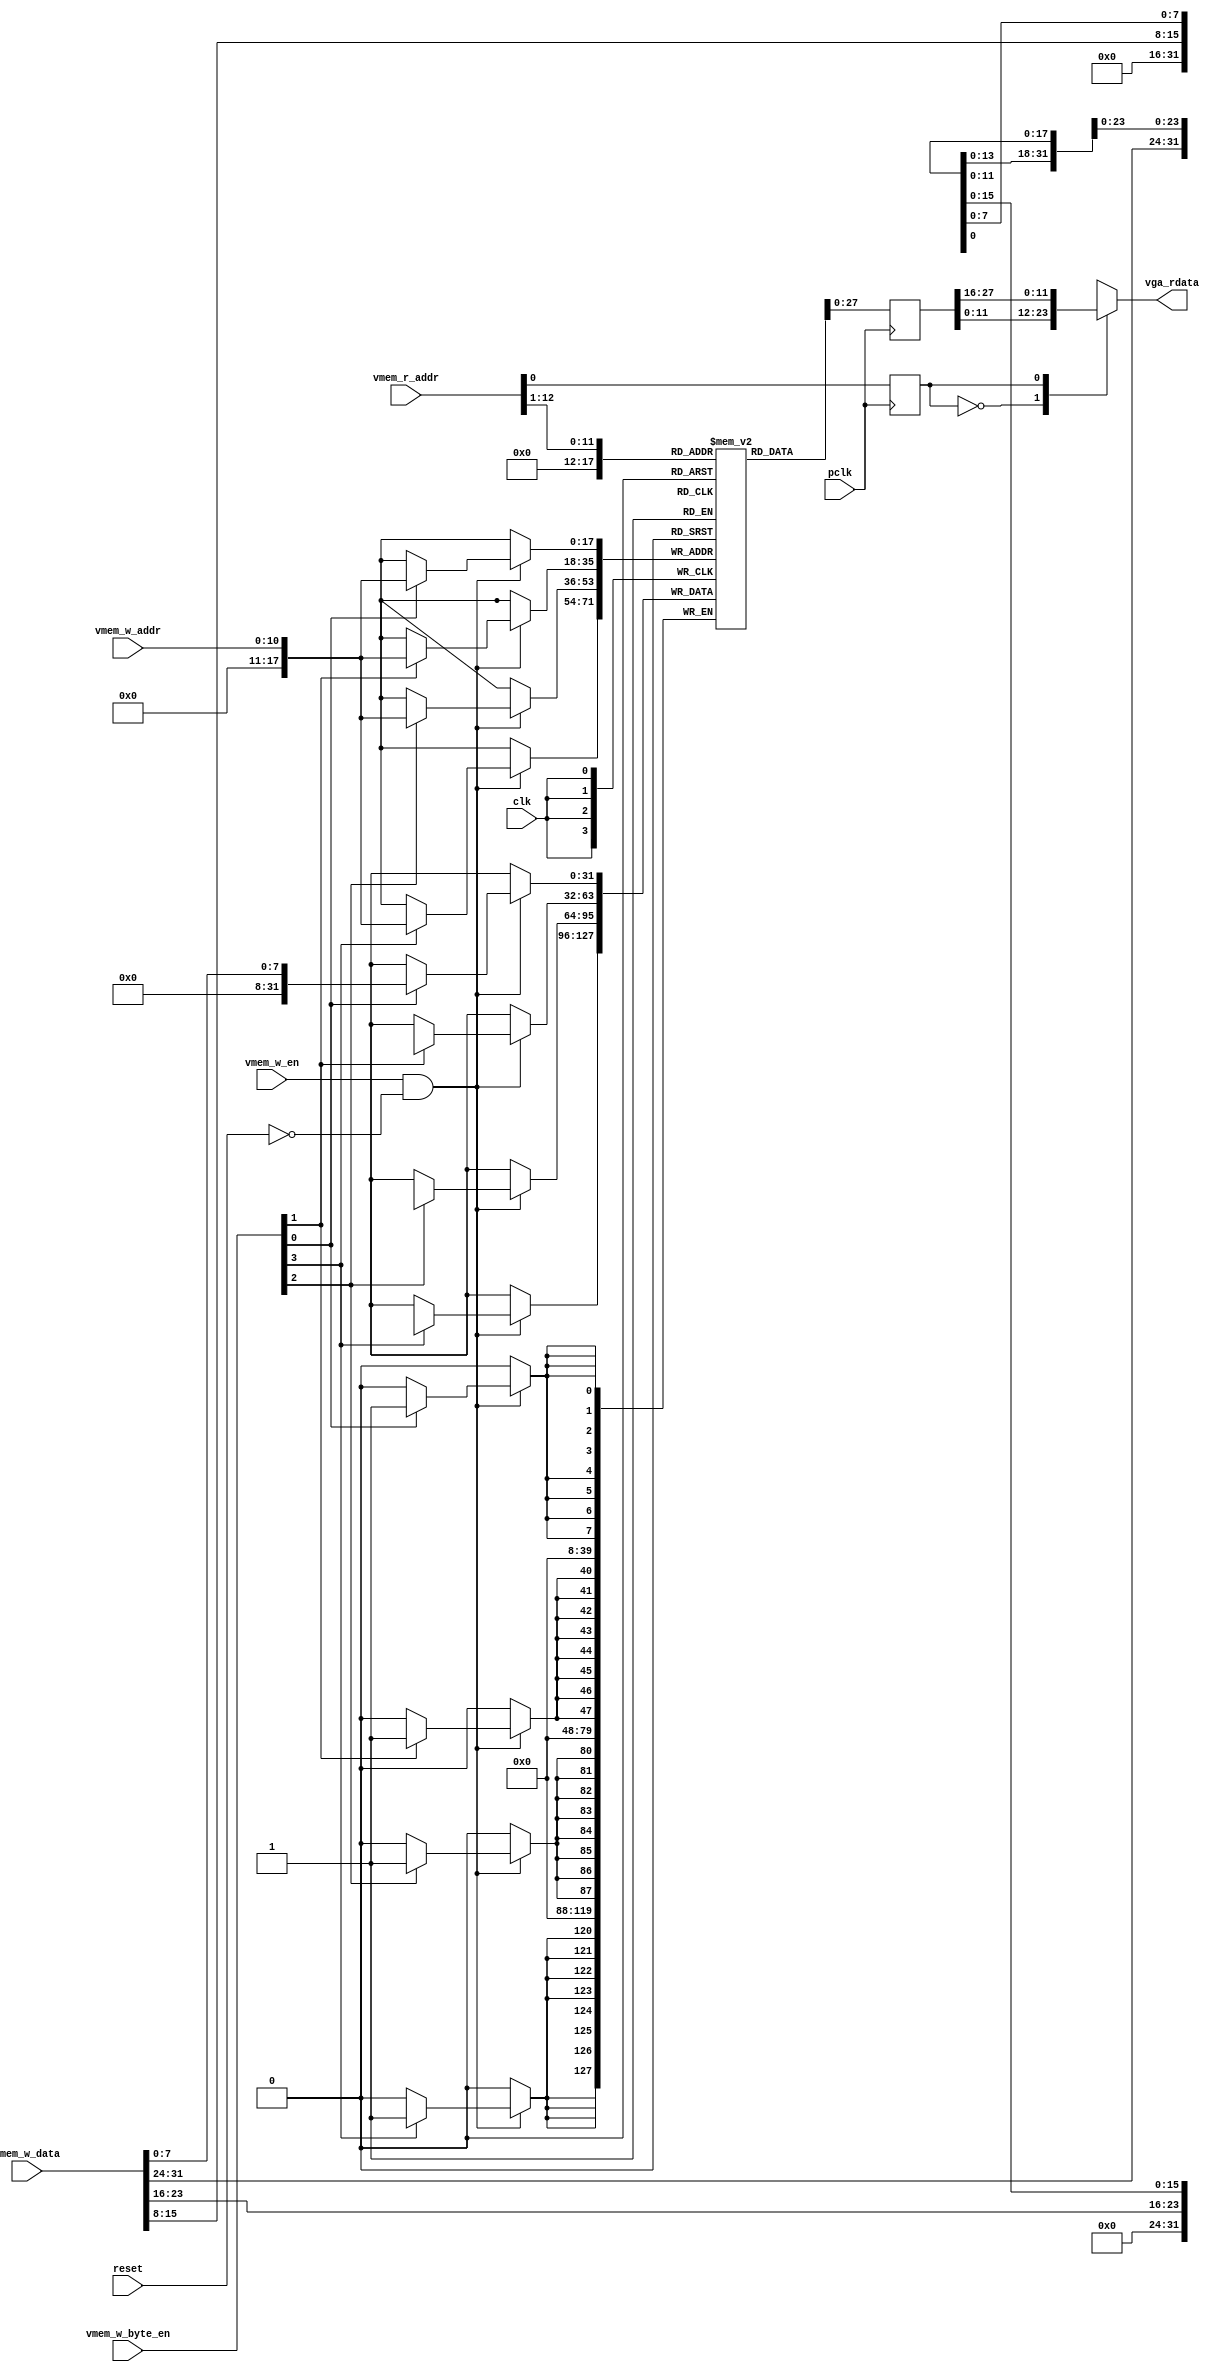
module vga_mem # (
	parameter VMEM_ADDR_WIDTH = 13,

    parameter screen_length = 800,
    parameter screen_width = 600,

    parameter X_WIDTH = 11,
    parameter Y_WIDTH = 11 )
    (
    input clk,
	input pclk,
    input reset,

	input vmem_w_en,
	input [VMEM_ADDR_WIDTH-3:0] vmem_w_addr,
	input [3:0]                 vmem_w_byte_en,
	input [31:0] vmem_w_data,

	input [VMEM_ADDR_WIDTH-1:0] vmem_r_addr,
	output reg [11:0] vga_rdata
    );

    reg  [31:0]  video_mem [(screen_length*screen_width/2-1):0];
	reg  [31:0]  vmem_word_data;
	reg          vmem_byte_sel;

    always @ (posedge clk) begin
        if( (vmem_w_en == 1'b1) & (reset == 1'b0) ) begin
            if( vmem_w_byte_en[0] ) 
                video_mem[ vmem_w_addr ][7:0]   <= vmem_w_data[7:0];
            if( vmem_w_byte_en[1] ) 
                video_mem[ vmem_w_addr ][15:8]  <= vmem_w_data[15:8];
            if( vmem_w_byte_en[2] ) 
                video_mem[ vmem_w_addr ][23:16] <= vmem_w_data[23:16];
            if( vmem_w_byte_en[3] )
                video_mem[ vmem_w_addr ][31:24] <= vmem_w_data[31:24];
        end
    end

	always @ (posedge pclk) begin
	    vmem_word_data <= video_mem[ vmem_r_addr[VMEM_ADDR_WIDTH-1:1] ];
        vmem_byte_sel <= vmem_r_addr[0];
    end

    always @ (*) begin
        case(vmem_byte_sel)
        2'd0:   vga_rdata = vmem_word_data[11:0];
        2'd1:   vga_rdata = vmem_word_data[27:16];
        endcase
    end

endmodule